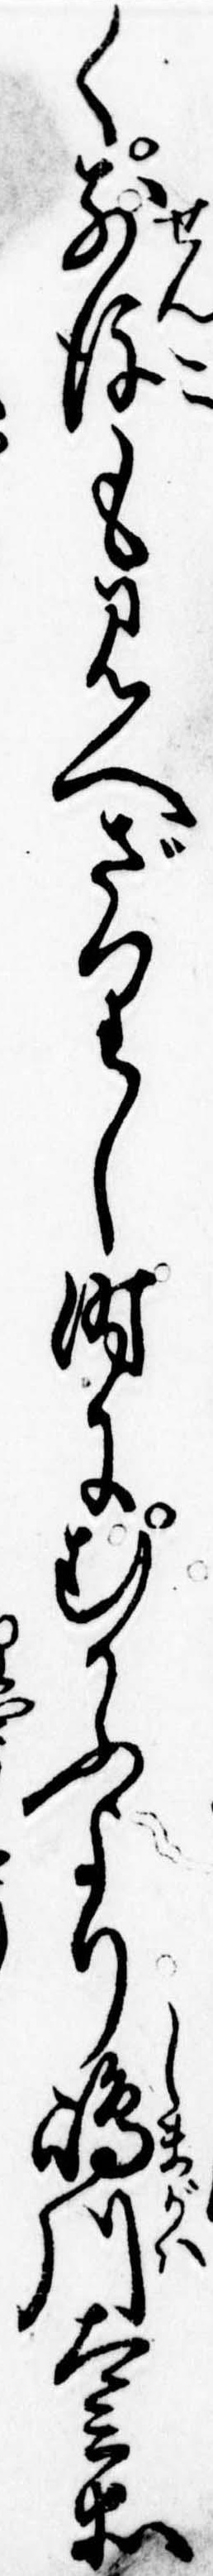
く前後も見へざりし時にむかふより島川太兵衛